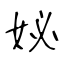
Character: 妼